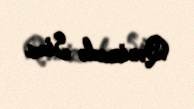
Qənizadə Sima